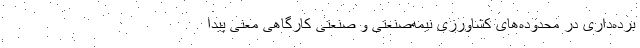
برده‌داری در محدوده‌های کشاورزی نیمه‌صنعتی و صنعتی کارگاهی معنی پیدا